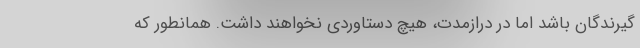
گیرندگان باشد اما در درازمدت، هیچ دستاوردی نخواهند داشت. همانطور که